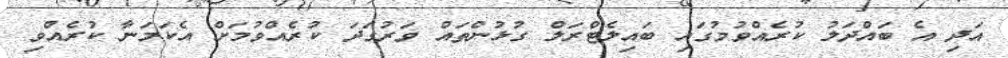
އަދި އެ ބައްދަލު ކުރެއްވުމުގައި ބައިލެޓްރަލް ގުޅުންތައް ވަރުގަދަ ކުރެެއްވުމަށް އެކަމަނާ ކުރެއްވި